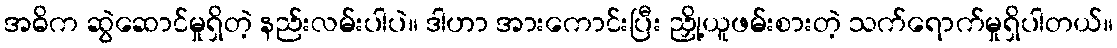
အဓိက ဆွဲဆောင်မှုရှိတဲ့ နည်းလမ်းပါပဲ။ ဒါဟာ အားကောင်းပြီး ညှို့ယူဖမ်းစားတဲ့ သက်ရောက်မှုရှိပါတယ်။